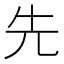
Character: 先